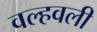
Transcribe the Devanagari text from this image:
वल्हवली